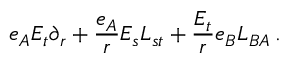
e _ { A } E _ { t } \partial _ { r } + \frac { e _ { A } } { r } E _ { s } L _ { s t } + \frac { E _ { t } } { r } e _ { B } L _ { B A } \, .